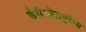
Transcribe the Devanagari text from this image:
कँरिओटायुरेन्स